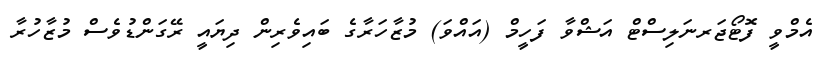
އެމްވީ ފޮޓޯޖަރނަލިސްޓް އަޝްވާ ފަހީމް (އައްވަ) މުޒާހަރާގެ ބައިވެރިން ދިޔައީ ރޭގަންޑުވެސް މުޒާހުރާ